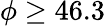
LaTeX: \phi\geq 46.3\